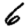
Digit: 6